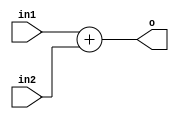


module alu_adder(in1, in2, o);

input [31:0] in1,in2;
output [31:0] o;
assign o = in1 + in2;

endmodule